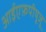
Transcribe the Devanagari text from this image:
आईएफ़पीयूजू